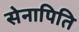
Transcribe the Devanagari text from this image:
सेनापिति